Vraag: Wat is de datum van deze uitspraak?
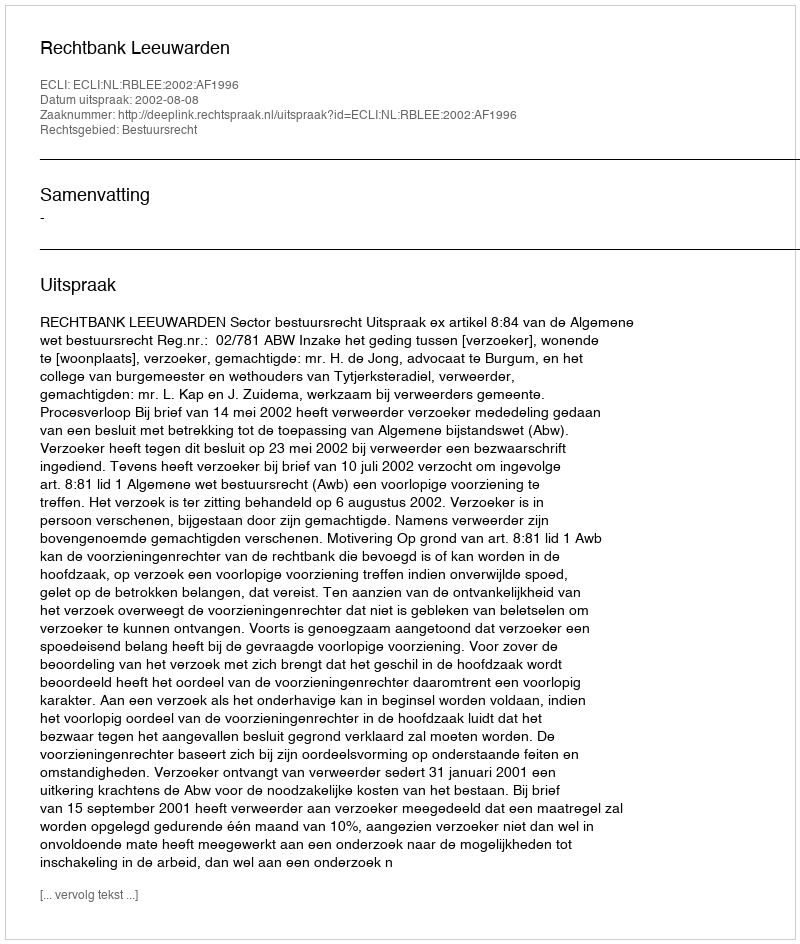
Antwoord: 2002-08-08